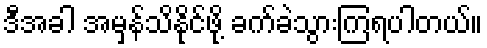
ဒီအခါ အမှန်သိနိုင်ဖို့ ခက်ခဲသွားကြရပါတယ်။